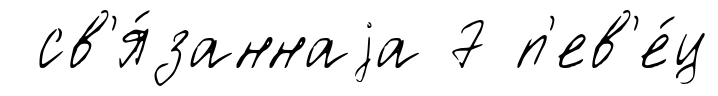
св'я́заннаjа 7 п'ев'е́ц